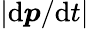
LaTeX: |\mathrm{d}\boldsymbol{p}/\mathrm{d}t|